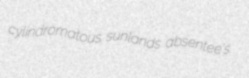
cylindromatous sunlands absentee's